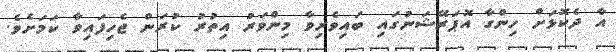
އާ ދެކޮޅަށް ހިންގާ އޮޕަރޭޝަނުގައި ބައިވެރިވާ މިންވަރު އިތުރު ކުރަން ޖެހިފައިވާ ކަމަށެވެ.